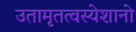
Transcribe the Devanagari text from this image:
उतामृतत्वस्येशानो